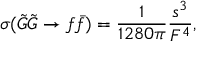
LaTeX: \sigma ( { \tilde { G } } { \tilde { G } } \rightarrow f { \bar { f } } ) = { \frac { 1 } { 1 2 8 0 \pi } } { \frac { s ^ { 3 } } { F ^ { 4 } } } ,